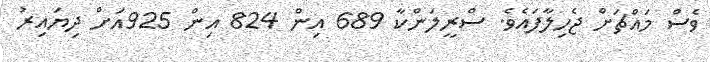
ވެސް މައްޗަށް ޖެހިލާފައެވެ. ސްރީލަންކާ 689 އިން 824 އިން 925އަށް ދިޔައިރު